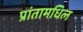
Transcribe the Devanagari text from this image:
प्रांतामधिल